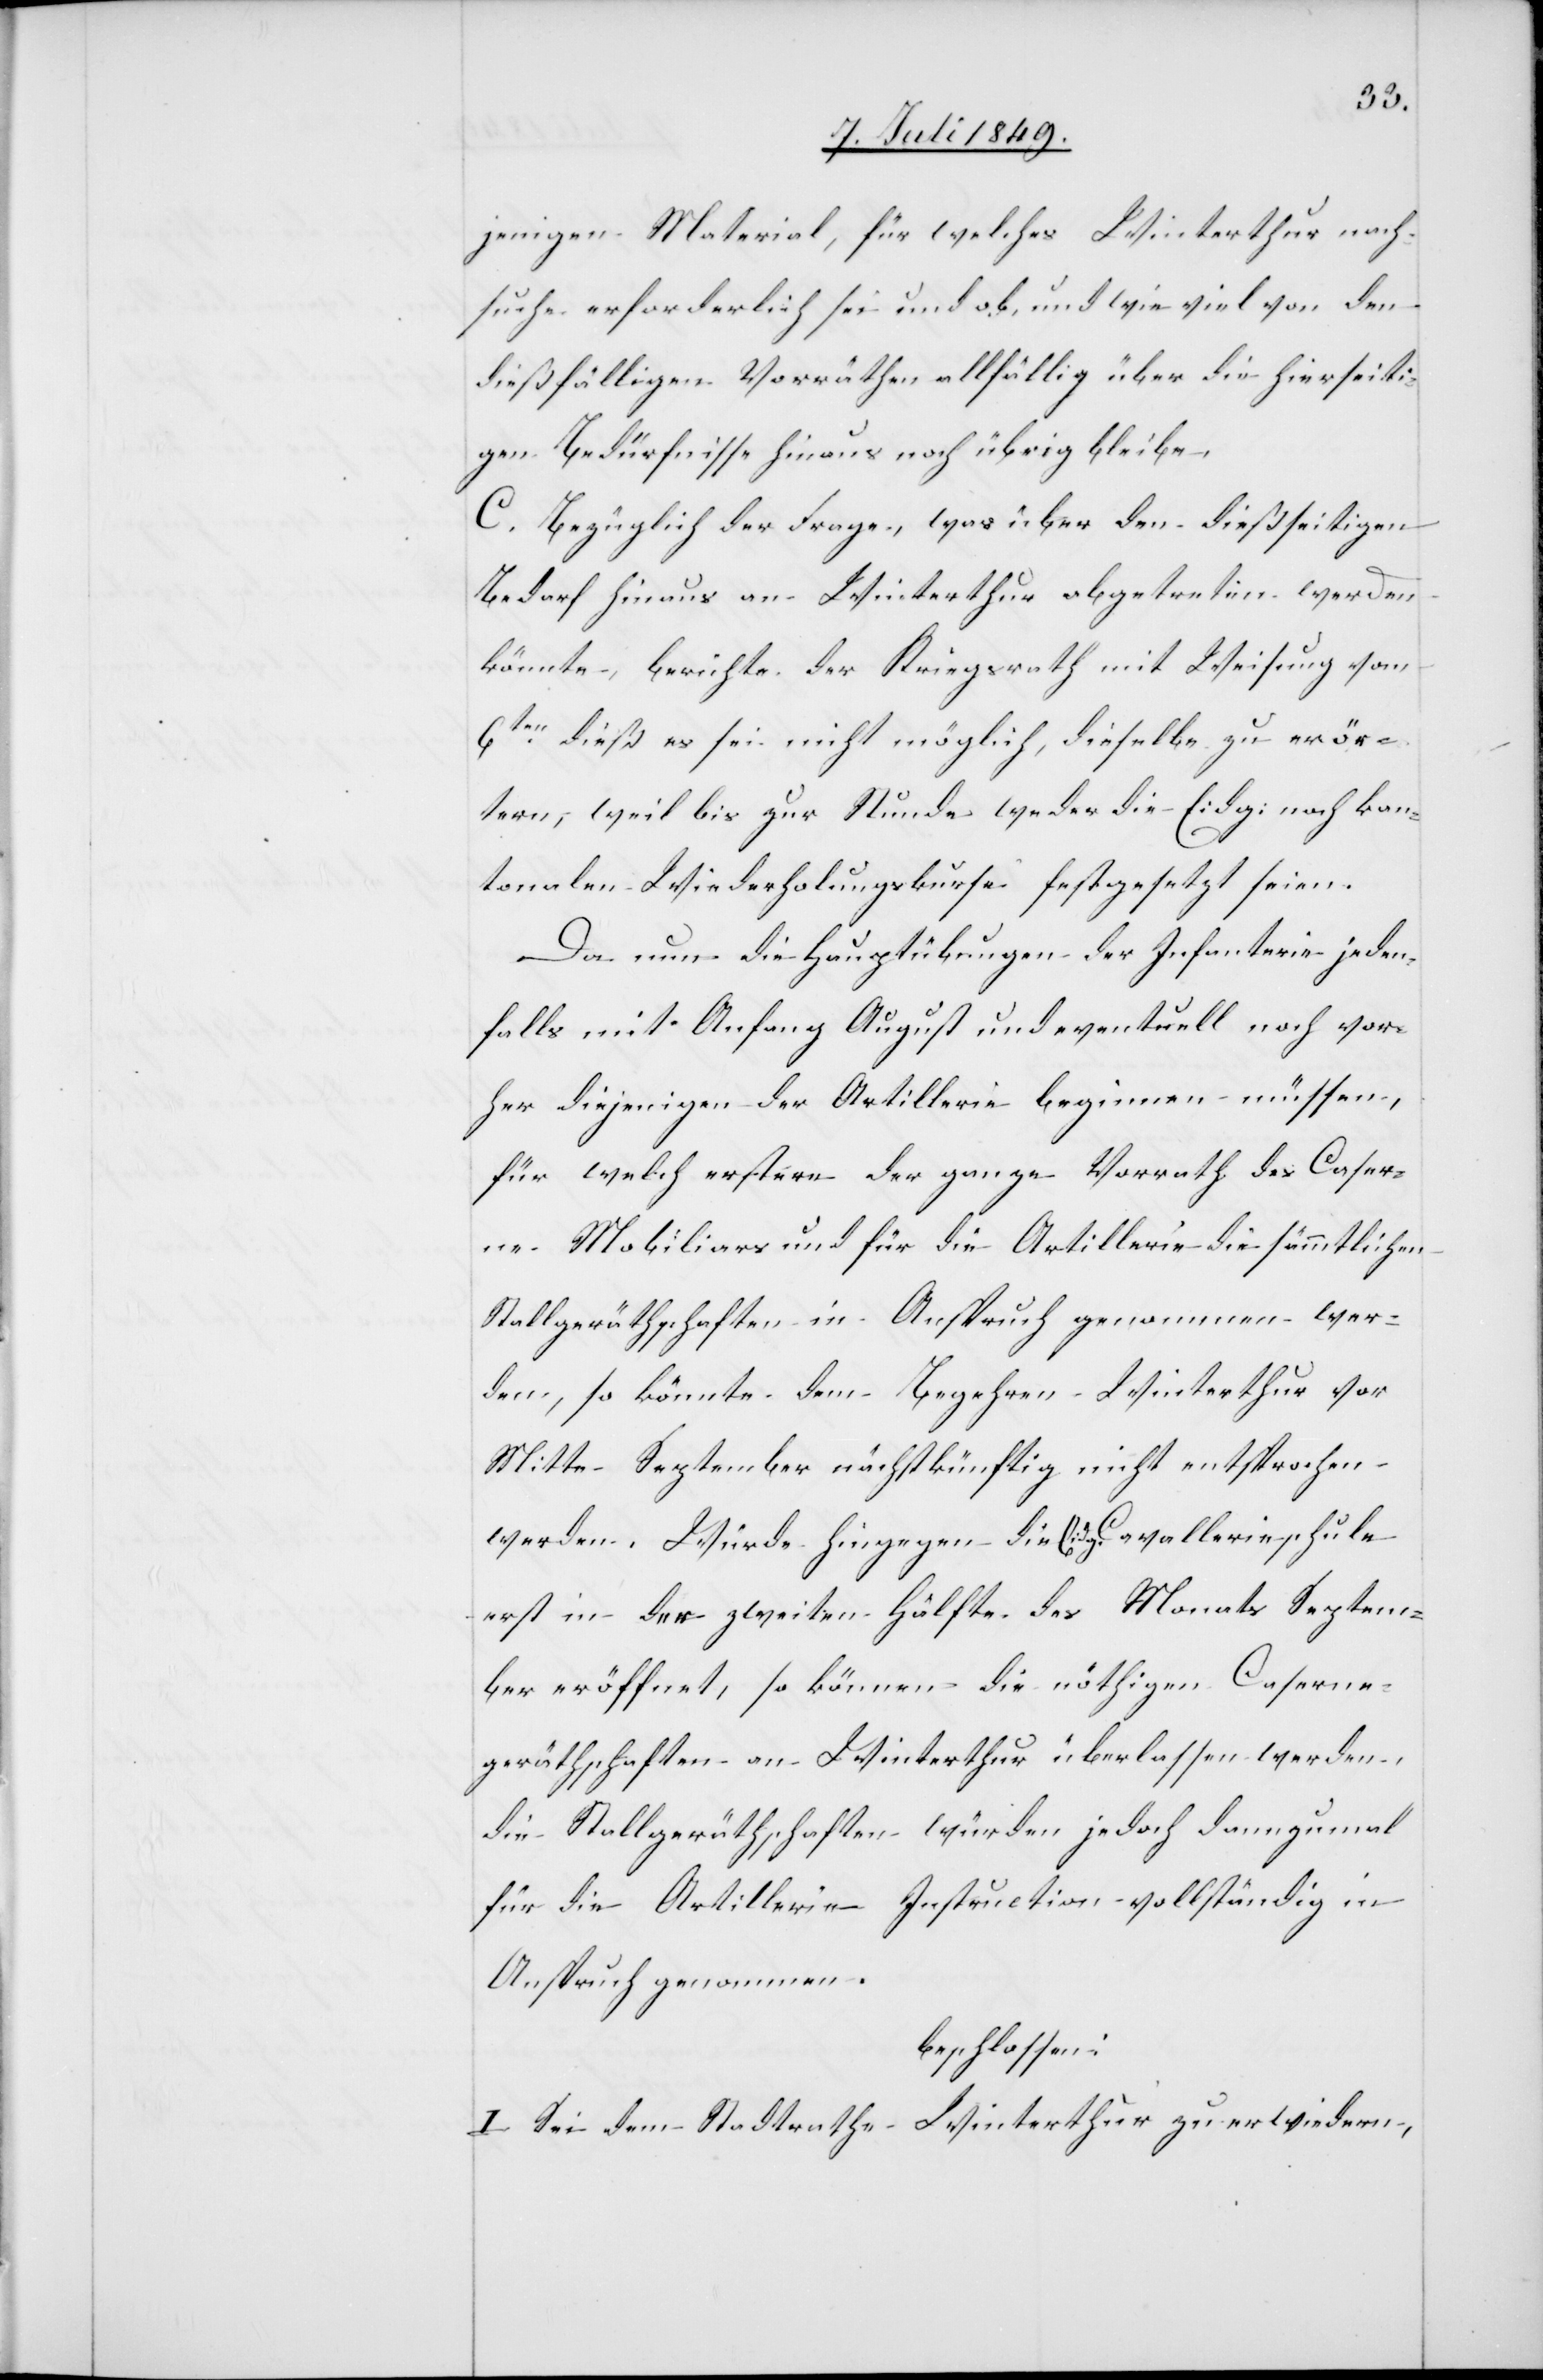
jenigen Material, für welches Winterthur nach¬
suche erforderlich sei und ob und wie viel von den
dießfälligen Vorräthen allfällig über die hierseiti¬
gen Bedürfnisse hinaus noch übrig bleibe.
C. Bezüglich der Frage, was über den dießseitigen
Bedarf hinaus an Winterthur abgetreten werden
könnte, berichte der Kriegsrath mit Weisung vom
6ten dieß es sei nicht möglich, dieselbe zu erör¬
tern, weil bis zur Stunde weder die Eidg: noch kan¬
tonalen Wiederholungskurse festgesetzt seien.
Da nun die Hauptübungen der Infanterie jeden¬
falls mit Anfang August und eventuell noch vor¬
her diejenigen der Artillerie beginnen müssen,
für welch erstere der ganze Vorrath des Caser¬
ne-Mobiliars und für die Artillerie die sämmtlichen
Stallgeräthschaften in Anspruch genommen wer¬
den, so könnte dem Begehren Winterthur vor
Mitte September nächstkünftig nicht entsprochen
werden. Würde hingegen die Eidg. Cavallerieschule
erst in der zweiten Hälfte des Monats Septem¬
ber eröffnet, so können die nöthigen Caserne¬
geräthschaften an Winterthur überlassen werden,
die Stallgeräthschaften würden jedoch dannzumal
für die Artillerie Instruction vollständig in
Anspruch genommen.
beschlossen:
I. Sei dem Stadtrathe Winterthur zu erwiedern,